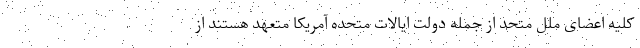
کلیه اعضای ملل متحد از جمله دولت ایالات متحده آمریکا متعهد هستند از